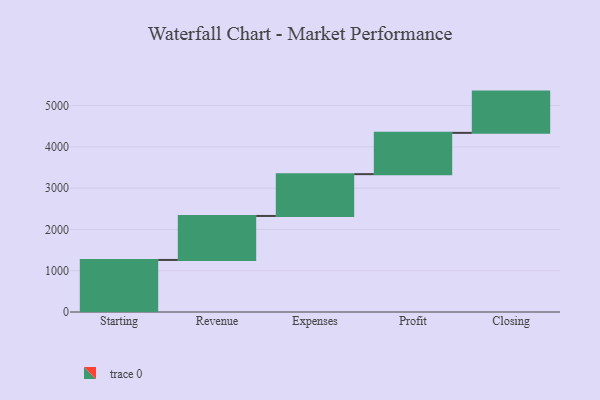
{"axis": {"x": "Step", "y": "Value"}, "legend": [""], "data": [{"x": "Starting", "y": 1261.0, "type": ""}, {"x": "Revenue", "y": 1066.0, "type": ""}, {"x": "Expenses", "y": 1013.0, "type": ""}, {"x": "Profit", "y": 1000, "type": ""}, {"x": "Closing", "y": 1000, "type": ""}]}